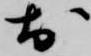
於